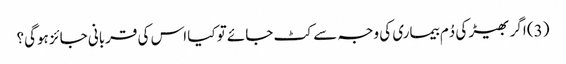
(3) اگر بھیڑ کی دُم بیماری کی وجہ سے کٹ جائے تو کیا اس کی قربانی جائز ہوگی؟